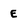
Character: E